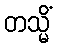
တသ္မိံ